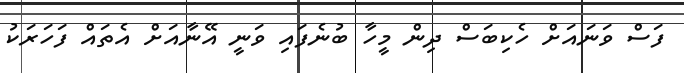
ފަސް ވަނައަށް ހެކިބަސް ދިން މީހާ ބުނެފައި ވަނީ އޭނާއަށް އެތައް ފަހަރަކު